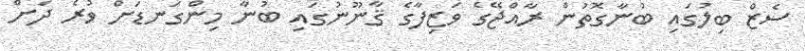
ސެޒް ބިލުގައި ބުނާގޮތުން ރާއްޖޭގެ ވަޒިފާގެ ޤާނޫނުގައި ބުނާ މިންގަނޑަށް ވުރެ ދަށް